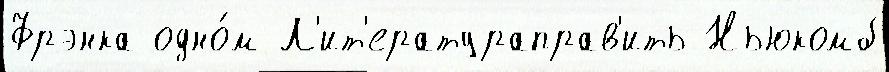
Фрэнка одно́м Л'ит'ератураправ'ить Ньюкомб